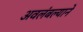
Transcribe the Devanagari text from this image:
अवलंबल्याने